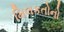
મિલકતોનો